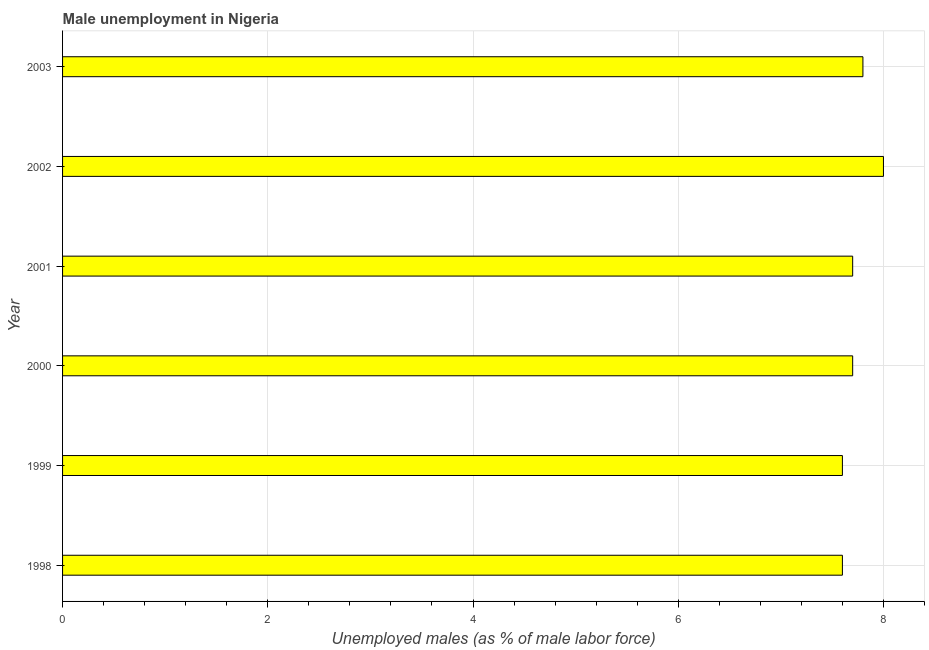
| Year | Unemployment |
 | --- | --- |
 | 1998 | 7.6 |
 | 1999 | 7.6 |
 | 2000 | 7.7 |
 | 2001 | 7.7 |
 | 2002 | 8 |
 | 2003 | 7.8 |